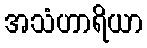
အသံဟာရိယာ